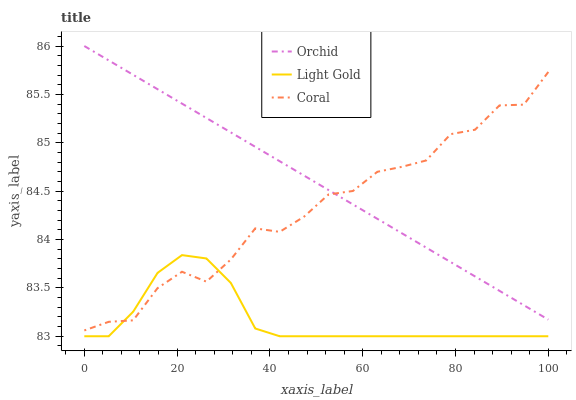
| xaxis_label | Orchid | Light Gold | Coral |
 | --- | --- | --- | --- |
 | 0 | 86 | 83 | 83.1 |
 | 5.26 | 85.9 | 83 | 83.1 |
 | 10.5 | 85.7 | 83.3 | 83.2 |
 | 15.8 | 85.6 | 83.7 | 83.5 |
 | 21.1 | 85.4 | 83.8 | 83.7 |
 | 26.3 | 85.3 | 83.8 | 83.6 |
 | 31.6 | 85.1 | 83.6 | 83.8 |
 | 36.8 | 85 | 83.1 | 84.1 |
 | 42.1 | 84.8 | 83 | 84.1 |
 | 47.4 | 84.7 | 83 | 84.2 |
 | 52.6 | 84.5 | 83 | 84.5 |
 | 57.9 | 84.4 | 83 | 84.5 |
 | 63.2 | 84.2 | 83 | 84.7 |
 | 68.4 | 84.1 | 83 | 84.8 |
 | 73.7 | 83.9 | 83 | 84.8 |
 | 78.9 | 83.8 | 83 | 85.1 |
 | 84.2 | 83.6 | 83 | 85.1 |
 | 89.5 | 83.5 | 83 | 85.4 |
 | 94.7 | 83.3 | 83 | 85.4 |
 | 100 | 83.2 | 83 | 85.7 |